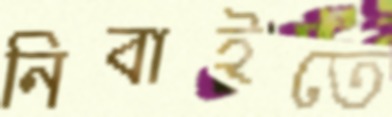
নিবাইতে